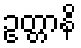
ဥတ္တာနိ